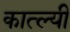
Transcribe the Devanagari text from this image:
कात्ल्यीं